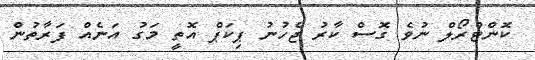
ކޮންޓްރޯލް ނުވެ ގޮސް ކާރު ޖެހުނު ޕިކަޕް އޮތީ މަގު އަނެއް ފަރާތުން